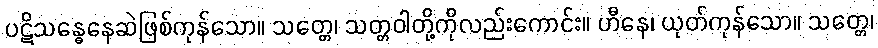
ပဋိသန္ဓေနေဆဲဖြစ်ကုန်သော။ သတ္တေ၊ သတ္တဝါတို့ကိုလည်းကောင်း။ ဟီနေ၊ ယုတ်ကုန်သော။ သတ္တေ၊